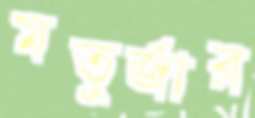
মতুর্জার